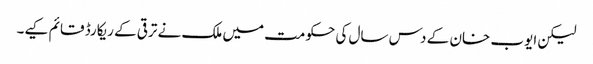
لیکن ایوب خان کے دس سال کی حکومت میں ملک نے ترقی کے ریکارڈ قائم کیے۔